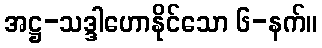
အဋ္ဌ-သဒ္ဒါဟောနိုင်သော ၆-နက်။